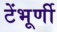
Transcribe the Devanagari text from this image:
टेंभूर्णी